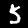
Label: 5